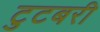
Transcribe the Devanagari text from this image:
टुटबरी